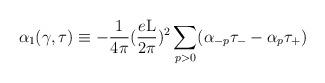
LaTeX: \begin{align*}{\alpha}_{1}(\gamma, \tau) \equiv - \frac{1}{4 \pi}(\frac{e\rm L}{2\pi})^2\sum_{p>0}( {\alpha}_{-p}{\tau}_{-} - {\alpha}_{p} {\tau}_{+} )\end{align*}